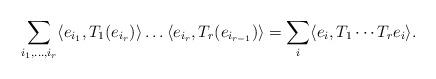
LaTeX: \begin{align*}\sum_{i_1, \ldots, i_r} \langle e_{i_1}, T_1(e_{i_r}) \rangle \ldots \langle e_{i_r}, T_r(e_{i_{r-1}}) \rangle = \sum_i \langle e_i, T_1 \cdots T_r e_i \rangle.\end{align*}